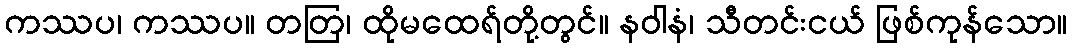
ကဿပ၊ ကဿပ။ တတြ၊ ထိုမထေရ်တို့တွင်။ နဝါနံ၊ သီတင်းငယ် ဖြစ်ကုန်သော။